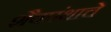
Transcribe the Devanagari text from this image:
शैवपंथाचे